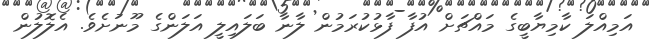
އަމިއްލަ ކާމިޔާބީގެ މައްޗަށް އުފާ ފާޅުކުރަމުން ލާނާ ބަލައިލީ އަލަންގެ މޫނަށެވެ. އެލޮލުން